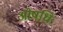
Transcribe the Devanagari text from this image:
ओषधिः